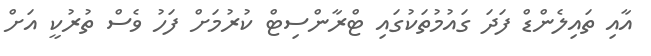
އާއި ތައިލެންޑް ފަދަ ގައުމުތަކުގައި ޓްރާންސިޓް ކުރުމަށް ފަހު ވެސް ތުރުކީ އަށް